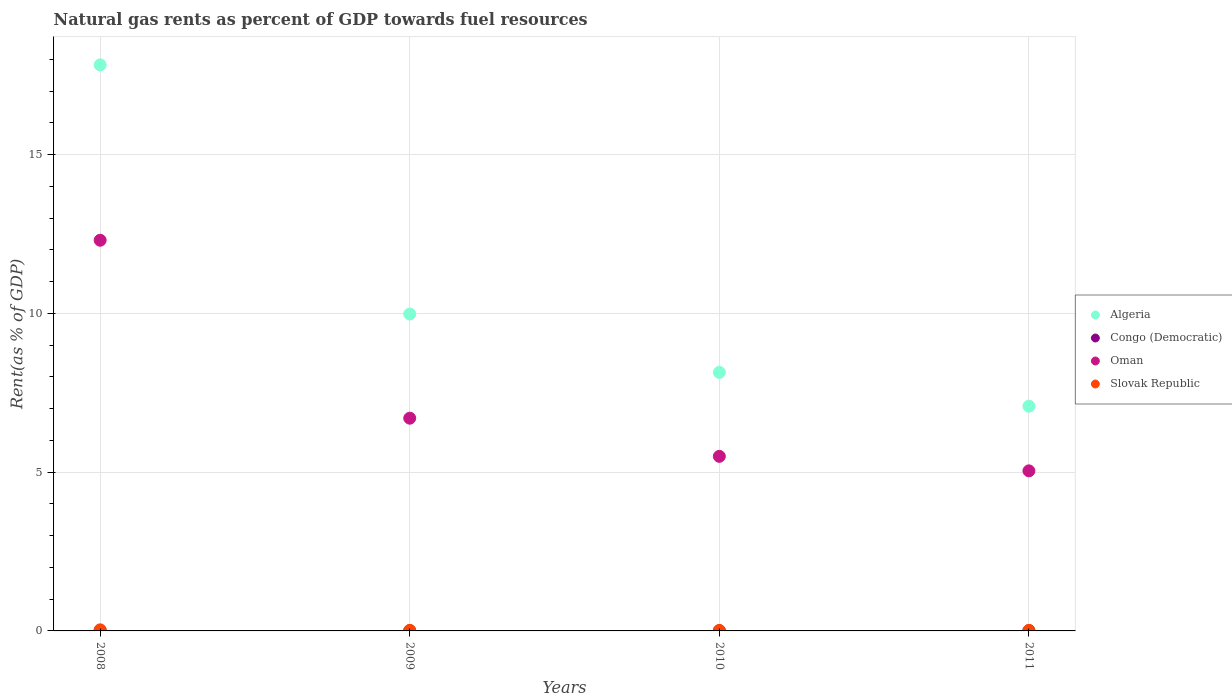
| Years | Algeria | Congo (Democratic) | Oman | Slovak Republic |
 | --- | --- | --- | --- | --- |
 | 2008 | 17.8 | 0.0152 | 12.3 | 0.0336 |
 | 2009 | 9.98 | 0.00736 | 6.7 | 0.0159 |
 | 2010 | 8.14 | 0.00616 | 5.5 | 0.0145 |
 | 2011 | 7.08 | 0.00587 | 5.04 | 0.0167 |